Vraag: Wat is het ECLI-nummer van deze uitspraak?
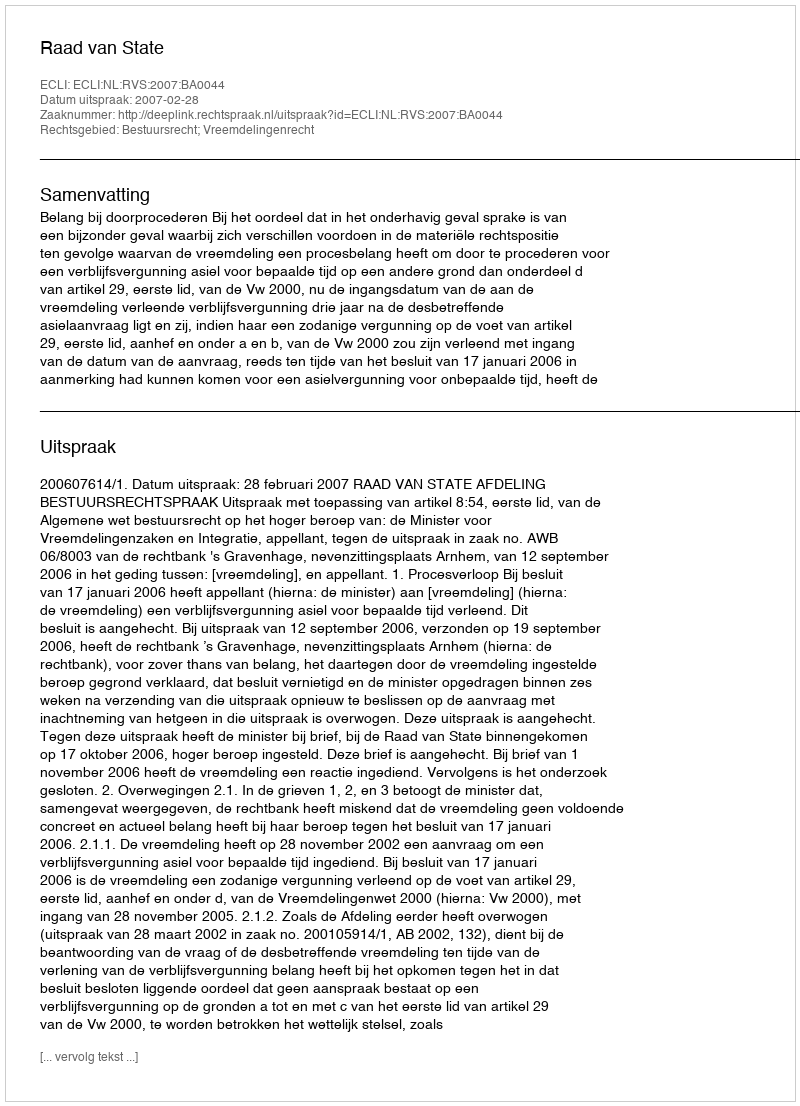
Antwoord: ECLI:NL:RVS:2007:BA0044